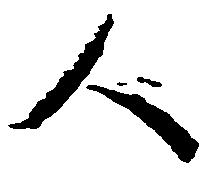
人